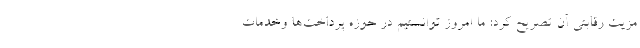
مزیت رقابتی آن تصریح کرد: ما امروز توانستیم در حوزه پرداخت‌ها وخدمات